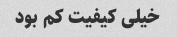
خیلی کیفیت کم بود